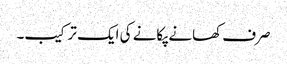
صرف کھانے پکانے کی ایک ترکیب۔